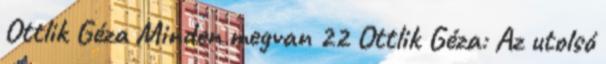
Ottlik Géza Minden megvan 22 Ottlik Géza: Az utolsó